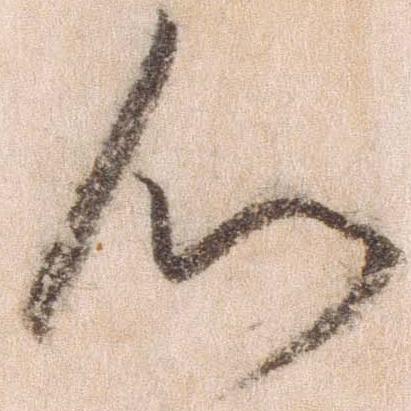
心